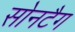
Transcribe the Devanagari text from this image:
सोनटैग